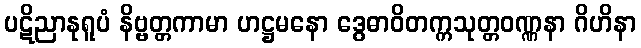
ပဋိညာနုရူပံ နိဗ္ဗတ္တကာမာ ဟဋ္ဌမနော ဒွေဓာဝိတက္ကသုတ္တဝဏ္ဏနာ ဂိဟိနာ